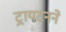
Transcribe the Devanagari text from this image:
ट्रायटनने